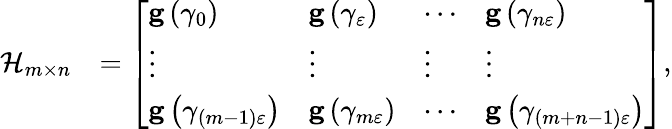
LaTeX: \begin{array}{rl}{\mathcal{H}_{m\times n}}&{=\left[\begin{array}{llll}{\mathbf{g}\left(\gamma_{0}\right)}&{\mathbf{g}\left(\gamma_{\varepsilon}\right)}&{\cdots}&{\mathbf{g}\left(\gamma_{n\varepsilon}\right)}\\ {\vdots}&{\vdots}&{\vdots}&{\vdots}\\ {\mathbf{g}\left(\gamma_{\left(m-1\right)\varepsilon}\right)}&{\mathbf{g}\left(\gamma_{m\varepsilon}\right)}&{\cdots}&{\mathbf{g}\left(\gamma_{\left(m+n-1\right)\varepsilon}\right)}\end{array}\right],}\end{array}